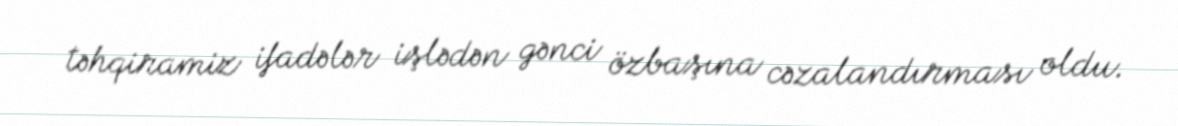
təhqiramiz ifadələr işlədən gənci özbaşına cəzalandırması oldu.